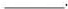
___.